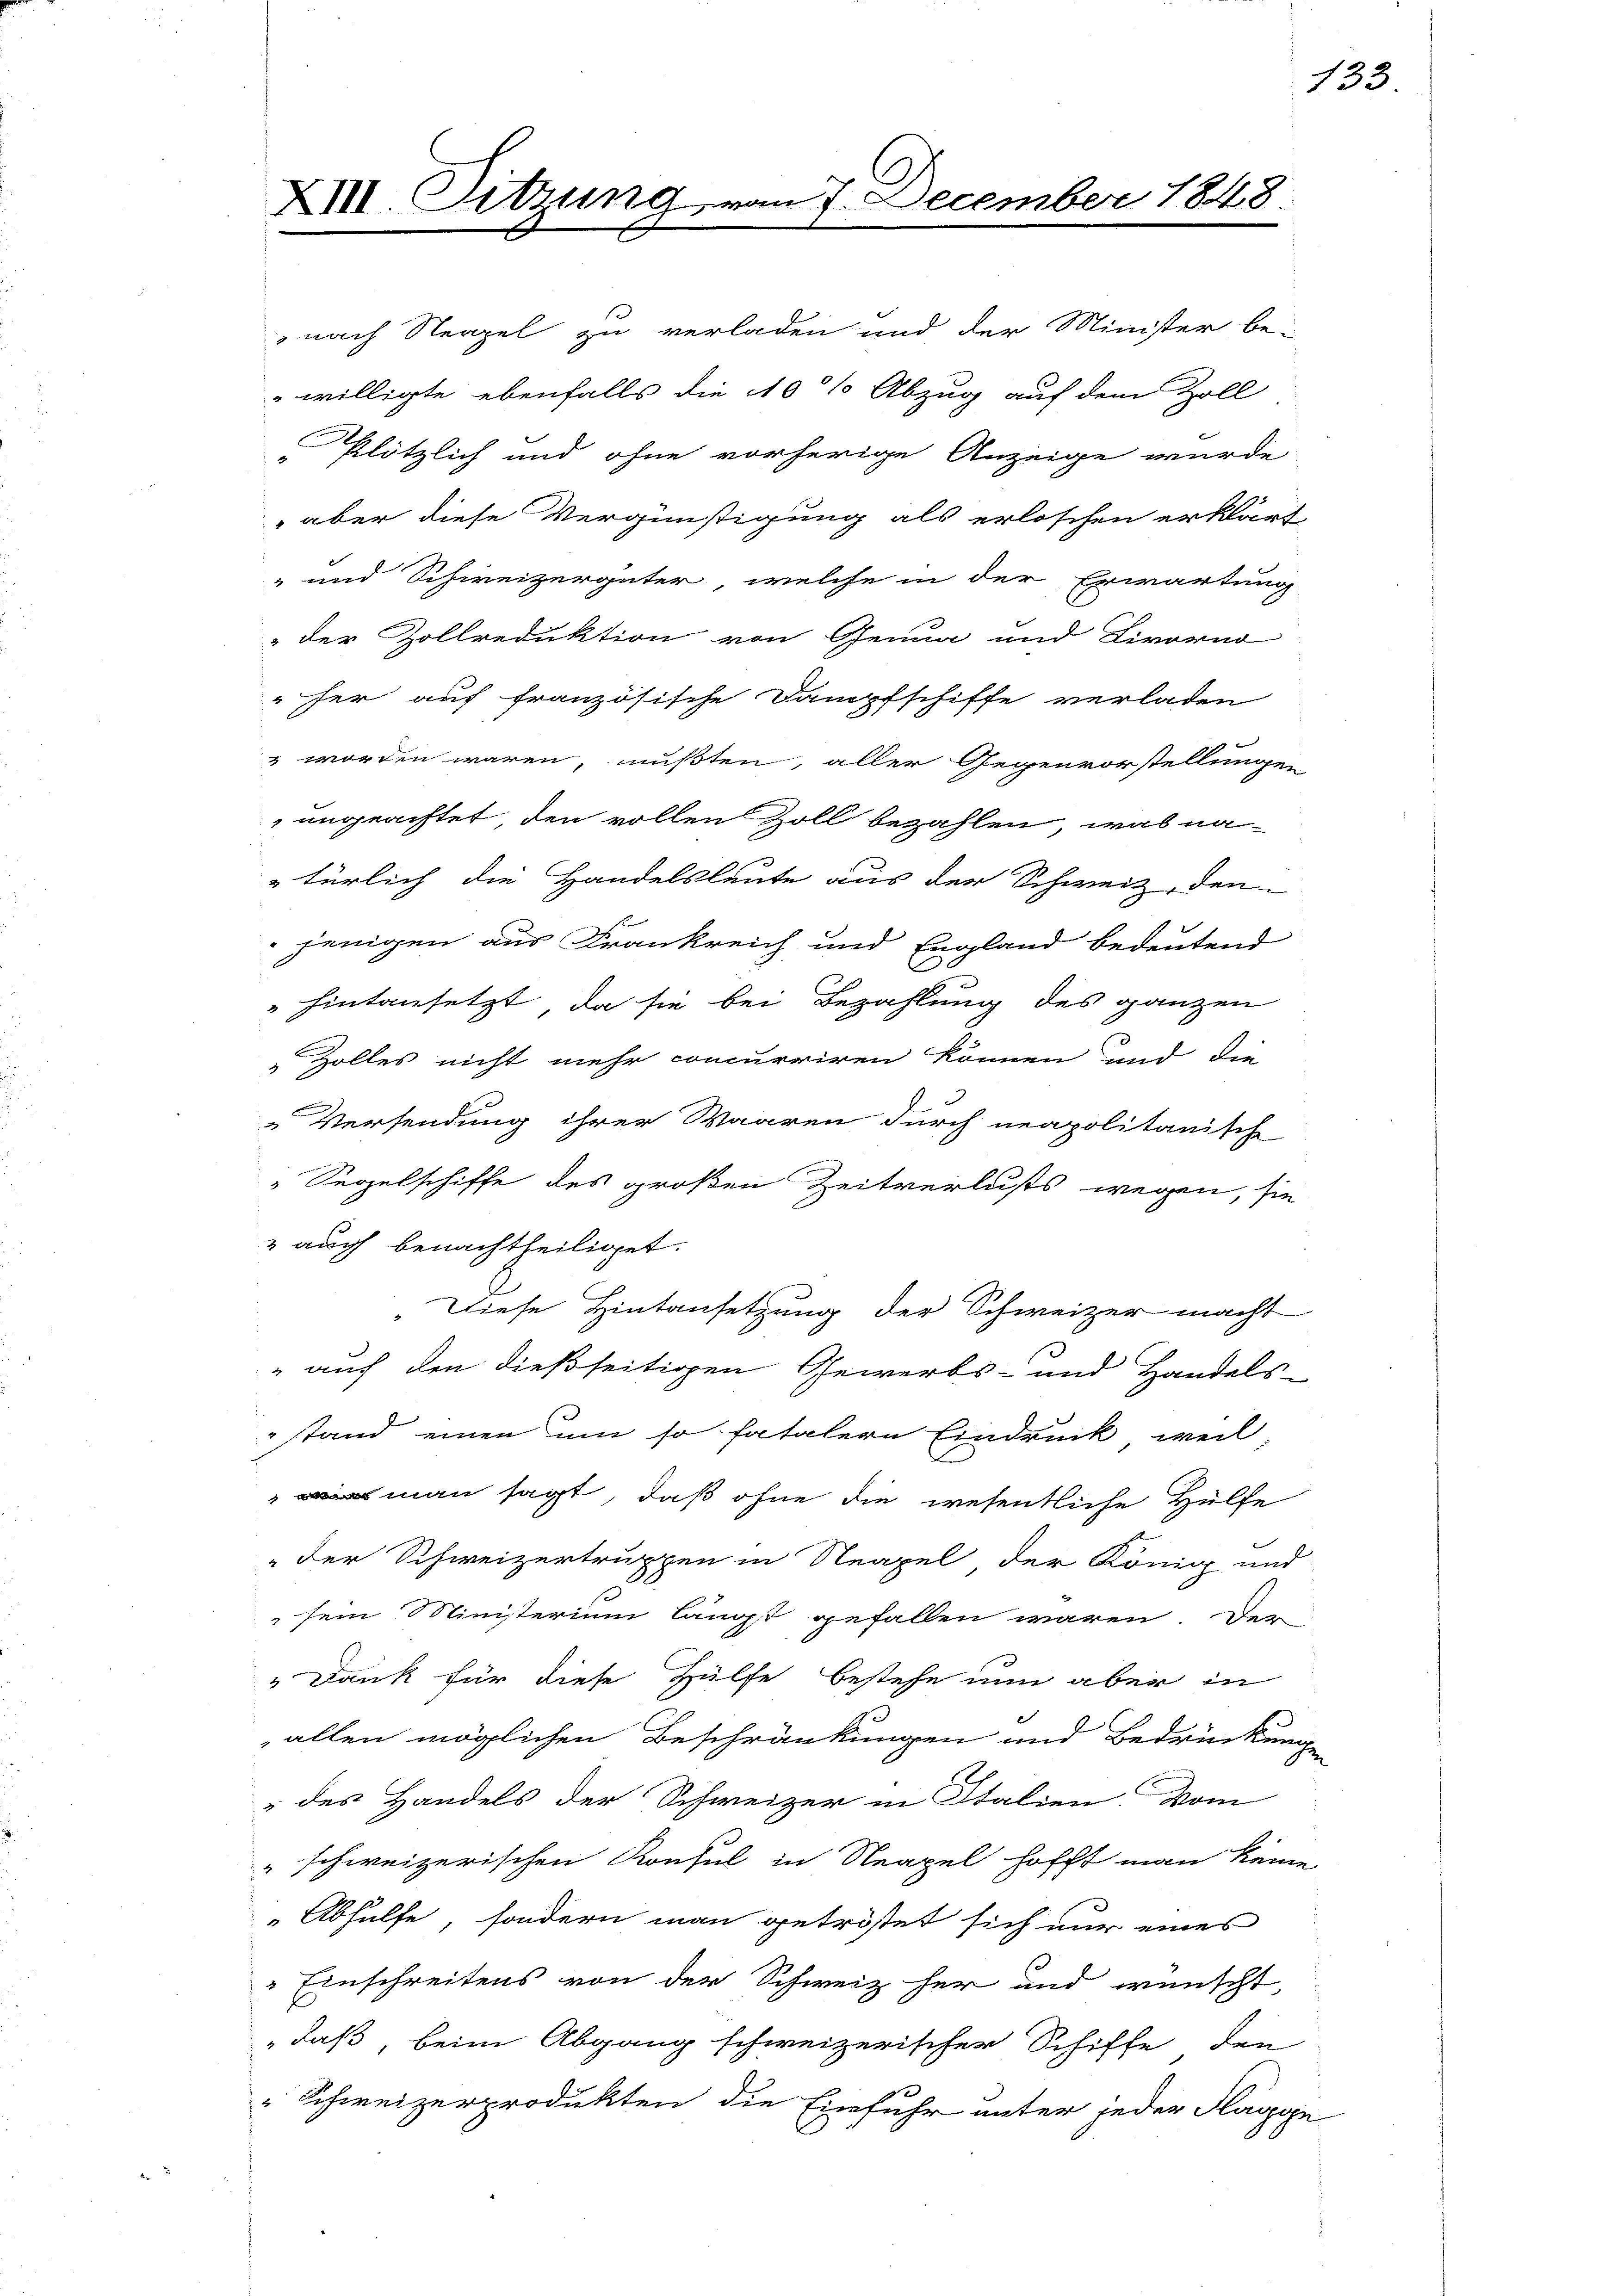
XIII. Sitzung vom 7. December 1848.

,nach Neapel zu verladen und der Minister be-
willigte ebenfalls die 10% Abzug auf dem Zoll
Plötzlich und ohne vorherige Anzeige wurde
 aber diese Vergünstigung als erloschen erklärt
" und Schweizergüter, welche in der Erwartung
" der Zollreduktion von Genua und Livorno
her auf französische Dampfschiffe verladen
 worden wären, mußten, aller Gegenvorstellungen
ungeachtet, den vollen Zoll bezahlen, was na-
türlich die Handelsleute aus der Schweiz, den
jenigen aus Frankreich und England bedeutend
 hintansetzt, da sie bei Bezahlung des ganzen
Zolles nicht mehr concurriren können und die
Versendung ihrer Waaren durch neapolitanische
Segelschiffe des großen Zeitverlusts wegen, sie
" auch benachtheiliget.
Diese Hintansetzung der Schweizer macht
" auf den dießseitigen Gewerbs- und Handels-
stand einen um so fatalern Eindruck, weil
 man sagt, daß ohne die wesentliche Hülfe
"der Schweizertruppen in Neapel der König und
s
 sein Ministerium längst gefallen wären. Dem
" Dank für diese Hülfe bestehe nun aber in
allen möglichen Beschränkungen und Bedrückung
" des Handels der Schweizer in Italien. Vom
" schweizerischen Konsul in Neapel hofft man keine
Abhülfe, sondern man getröstet sich nur eines
" Einschreitens von der Schweiz her und wünscht,
daß, beim Abgang schweizerischer Schiffe den
" Schweizerprodukten die Einfuhr unter jeder Flagge

133.